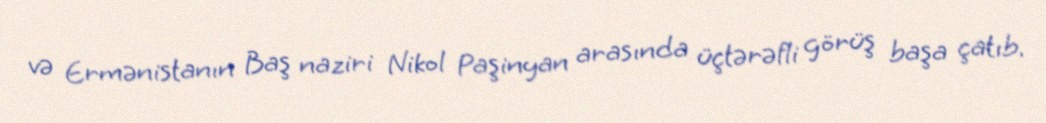
və Ermənistanın Baş naziri Nikol Paşinyan arasında üçtərəfli görüş başa çatıb.